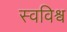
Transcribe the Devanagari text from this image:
स्वविश्व